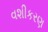
વશીકરણ